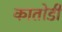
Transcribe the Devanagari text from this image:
कातोडी